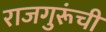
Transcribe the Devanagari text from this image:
राजगुरूंची